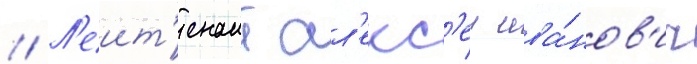
// Л'еит'енант ал'екс'еи ива́нов'ич